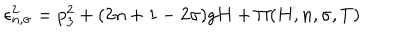
LaTeX: \epsilon _ { n , \sigma } ^ { 2 } = p _ { 3 } ^ { 2 } + ( 2 n + 1 - 2 \sigma ) g H + \Pi ( H , n , \sigma , T )